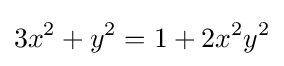
3x^{2}+y^{2}=1+2x^{2}y^{2}